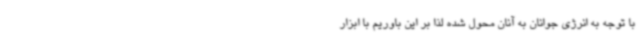
با توجه به انرژی جوانان به آنان محول شده لذا بر این باوریم با ابزار